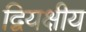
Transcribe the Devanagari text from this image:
द्वियक्षीय